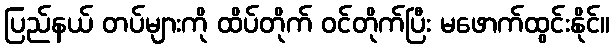
ပြည်နယ် တပ်များကို ထိပ်တိုက် ဝင်တိုက်ပြီး မဖောက်ထွင်းနိုင်။